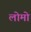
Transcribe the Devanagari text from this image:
लोमो